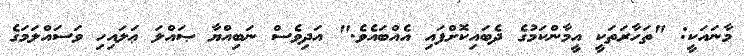
މާނައަކީ: "ތަހާރަތަކީ އީމާންކަމުގެ ދެބައިކޮށްފައި އެއްބައެވެ." އަދިވެސް ނަބިއްޔާ ޞައްލަ ޢަލައިހި ވަސައްލަމަގެ